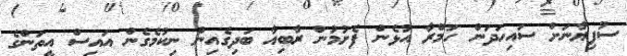
ސުފިޔާނަށް ސައިހަދަން ހަމްރާ އުޅެން ފެށުމުން ރާބިއާ ބަދިގެއިން ނިކުމެގެން އައިސް އީތަންގެ